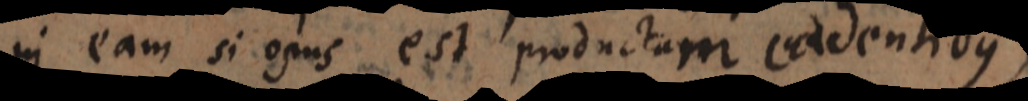
in eam si opus est productam cadentibus,